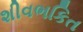
શીવભકિત